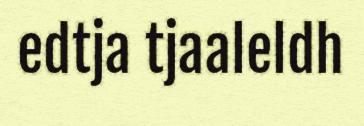
edtja tjaaleldh